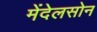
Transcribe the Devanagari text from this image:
मेंदेलसोन